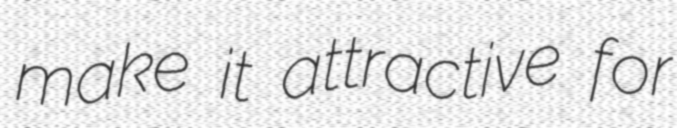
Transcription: make it attractive for